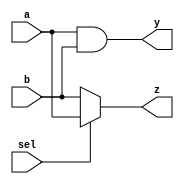
module simple_continuous_assignment (
    input wire a,          // First input
    input wire b,          // Second input
    input wire sel,        // Selector input for multiplexer
    output wire y,         // Output for AND operation
    output wire z          // Output for multiplexer
);

// Continuous assignment for AND operation
assign y = a & b;         // y is the result of the AND between a and b

// Continuous assignment for a 2-to-1 multiplexer
assign z = sel ? a : b;  // z is a if sel is 1, otherwise b

endmodule